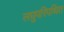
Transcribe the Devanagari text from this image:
लघुपरिपथित